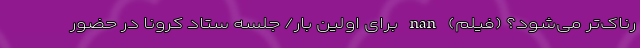
رناک‌تر می‌شود؟ (فیلم) nan برای اولین بار/ جلسه ستاد کرونا در حضور